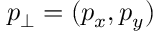
p _ { \perp } = ( p _ { x } , p _ { y } )